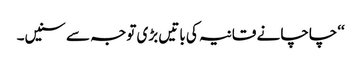
‘‘چاچا نے قانیہ کی باتیں بڑی توجہ سے سنیں۔